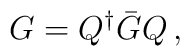
G = Q^{\dagger} {\bar G } Q\, ,